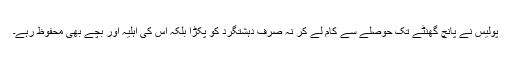
پولیس نے پانچ گھنٹے تک حوصلے سے کام لے کر نہ صرف دہشتگرد کو پکڑا بلکہ اس کی اہلیہ اور بچے بھی محفوظ رہے۔